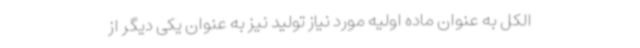
الکل به عنوان ماده اولیه مورد نیاز تولید نیز به عنوان یکی دیگر از